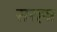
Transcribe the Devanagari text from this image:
सरह्न्न